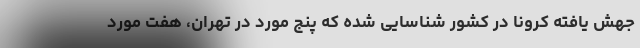
جهش یافته کرونا در کشور شناسایی شده که پنج مورد در تهران، هفت مورد